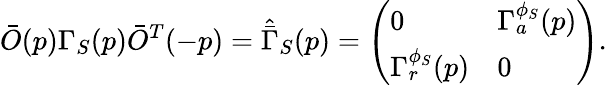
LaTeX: \bar{O}(p)\Gamma_{S}(p)\bar{O}^{T}(-p)=\hat{\bar{\Gamma}}_{S}(p)=\left(\begin{array}{ll}{{0}}&{{\Gamma_{a}^{\phi_{S}}(p)}}\\ {{\Gamma_{r}^{\phi_{S}}(p)}}&{{0}}\end{array}\right).